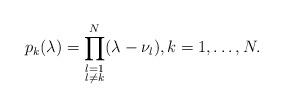
LaTeX: \begin{align*}p_k (\lambda)= \prod_{\substack{l = 1\\l \neq k}}^N (\lambda - \nu_l),k=1,\ldots,N.\end{align*}